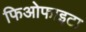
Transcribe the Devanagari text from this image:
फिओफाइटा